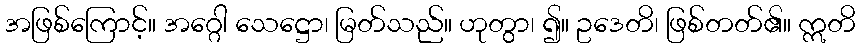
အဖြစ်ကြောင့်။ အဂ္ဂေါ သေဋ္ဌော၊ မြတ်သည်။ ဟုတွာ၊ ၍။ ဥဒေတိ၊ ဖြစ်တတ်၏။ ဣတိ